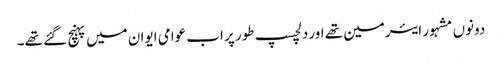
دونوں مشہور ایئرمین تھے اور دلچسپ طور پر اب عوامی ایوان میں پہنچ گئے تھے۔